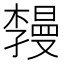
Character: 𪴏